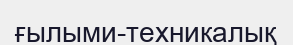
ғылыми-техникалық